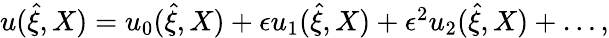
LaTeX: \begin{array}{r}{u(\hat{\xi},X)=u_{0}(\hat{\xi},X)+\epsilon u_{1}(\hat{\xi},X)+\epsilon^{2}u_{2}(\hat{\xi},X)+\dots,}\end{array}